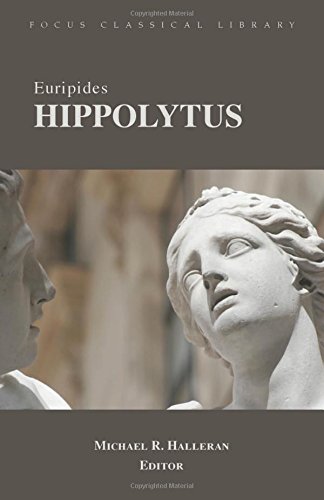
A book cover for Euripides' Hippolytus; Euripides; Literature & Fiction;